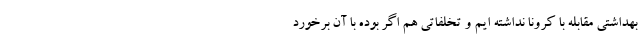
بهداشتی مقابله با کرونا نداشته ایم و تخلفاتی هم اگر بوده با آن برخورد